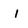
Character: 1